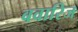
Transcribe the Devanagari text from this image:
बवारिज